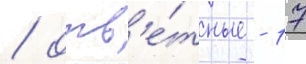
/ отв'е́тные - 17